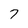
Character: 7